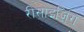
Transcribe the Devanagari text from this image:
रीसाइज़िंग